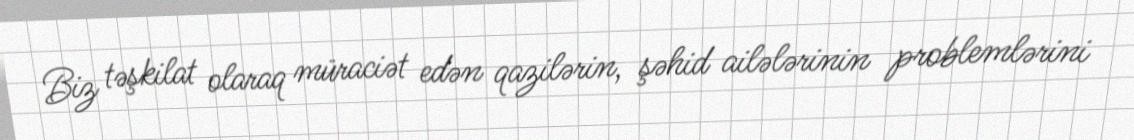
Biz təşkilat olaraq müraciət edən qazilərin, şəhid ailələrinin problemlərini